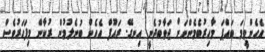
އެހެންވީމަ ބައްޕަ މާހިރުބެމެންނަށް ޖަވާބުދެނީ އިނގޭ. ރައޫފް އެހެން ބުނެލުމުން ރުކާން މިފަހަރުވެސް